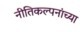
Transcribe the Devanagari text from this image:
नीतिकल्पनांच्या